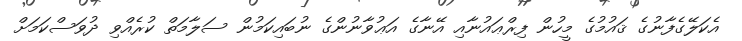
އެކަލޭގެފާނުގެ ޤައުމުގެ މީހުން ފިރްޢައުނާއި އޭނާގެ އަޢުވާނުންގެ ނުބައިކަމުން ސަލާމަތް ކުރެއްވި ދުވަސްކަމަށް